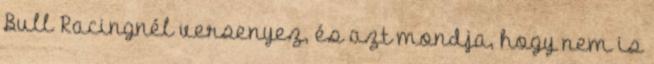
Bull Racingnél versenyez, és azt mondja, hogy nem is